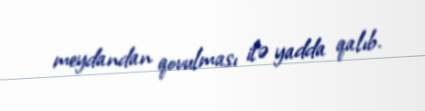
meydandan qovulması ilə yadda qalıb.